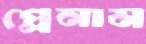
প্লেনাম